Lunatic asylums Madras 1877-1891 - 1877-1891
Year: 1877
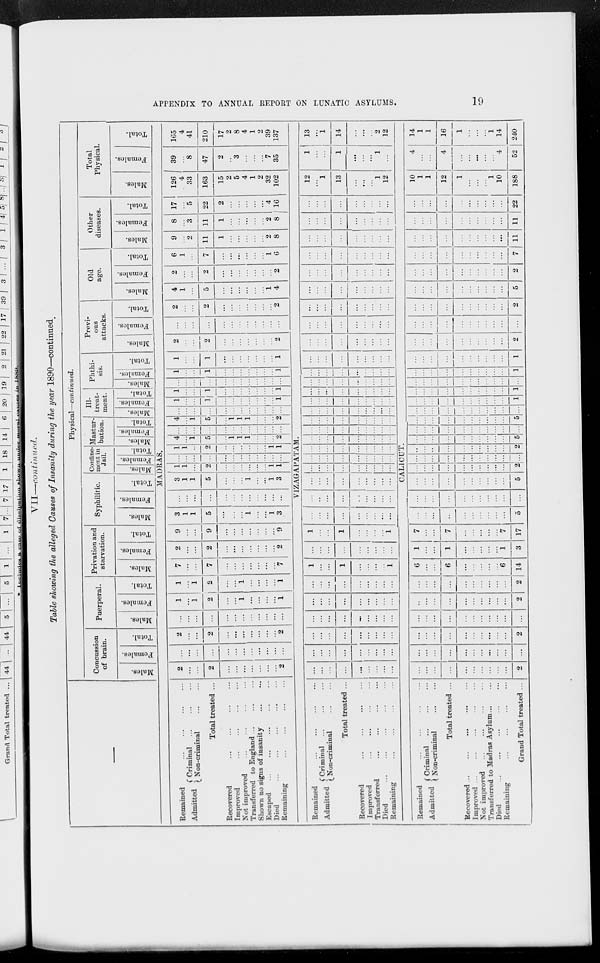
APPENDIX TO ANNUAL REPORT ON LUNATIC ASYLUMS.
19
VII—continued.
Table showing the alleged Causes of Insanity during the year 1890—continued
—
Remained ... ... ... ...
Admitted
Criminal ... ... ...
Non-criminal
...
...
Total treated ...
Recovered
...
...
...
...
Improved ... ... ... ...
Not improved
...
...
...
...
Transferred to England
...
...
Shown no signs of insanity ... ...
Escaped ... ... ... ... ...
Died
...
...
...
...
...
Remaining ... ... ... ...
Remained ... ... ... ...
Admitted Criminal ... ... ...
Non-criminal
...
...
Total treated ...
Recovered
...
...
...
...
Improved
...
...
...
...
Transferred ... ... ... ...
Died
...
...
...
...
Remaining
...
...
...
...
Remained ... ... ... ...
Admitted
Criminal ... ... ...
Non-criminal
...
...
Total treated ...
Recovered
...
...
...
...
Improved ... ... ... ... ...
Not improved ... ... ... ...
Transferred to Madras Asylum ... ...
Died ... ... ... ... ...
Remaining ... ... ... ...
Grand Total treated ...
Physical—continued.
Concussion
of brain.
Males.
Females.
Total.
Puerperal.
Males.
Females.
Total.
Privation and
starvation.
Males.
Females.
Total.
Syphilitic.
Males.
Females.
Total.
Confine-
ment in
Jail.
Males.
Females.
Total.
Mastur-
bation.
Males.
Females.
Total.
III-
treat-
ment.
Males.
Females.
Total.
Phthi-
sis.
Males.
Females.
Total.
Previ-
ous
attacks.
Males.
Females.
Total.
Old
age.
Males.
Females.
Total.
Other
diseases.
Males.
Females.
Total.
Total
Physical.
Males.
Females.
Total.
MADRAS.
2
...
...
2
...
...
...
...
...
...
...
2
...
...
...
...
...
...
...
...
...
...
...
...
2
...
...
2
...
...
...
...
...
...
...
2
...
...
...
...
...
...
...
...
...
...
...
...
1
...
1
2
...
...
1
...
...
...
...
1
1
...
1
2
...
...
1
...
...
...
...
1
7
...
...
7
...
...
...
...
...
...
...
7
2
...
...
2
...
...
...
...
...
...
...
2
9
...
...
9
...
...
...
...
...
...
...
9
3
1
1
5
...
...
...
1
...
...
1
3
...
...
...
...
...
...
...
...
...
...
...
...
3
1
1
5
...
...
...
1
...
...
1
3
1
1
...
2
...
...
...
...
...
...
1
1
...
...
...
...
...
...
...
...
...
...
...
...
1
1
...
2
...
...
...
...
...
...
1
1
4
...
1
5
...
1
1
1
...
...
...
2
...
...
...
...
...
...
...
...
...
...
...
...
4
...
1
5
...
1
1
1
...
...
...
2
...
...
...
...
...
...
...
...
...
...
...
...
1
...
...
1
...
...
...
...
...
...
...
1
1
...
...
1
...
...
...
...
...
...
...
1
...
...
...
...
...
...
...
...
...
...
...
...
1
...
...
1
...
...
...
...
...
...
...
1
1
...
...
1
...
...
...
...
...
...
...
1
2
...
...
2
...
...
...
...
...
...
...
2
...
...
...
...
...
...
...
...
...
...
...
...
2
...
...
2
...
...
...
...
...
...
...
2
4
1
...
5
...
...
...
...
...
...
1
4
2
...
...
2
...
...
...
...
...
...
...
2
6
1
...
7
...
...
...
...
...
...
1
6
9
...
2
11
1
...
...
...
...
...
2
8
8
...
3
11
1
...
...
...
...
...
2
8
17
...
5
22
2
...
...
...
...
...
4
16
126
4
33
163
15
2
5
4
1
2
32
102
39
...
8
47
2
..
3
...
...
...
7
35
165
4
41
210
17
2
8
4
1
2
39
137
VIZAGAPATAM.
...
...
...
...
...
...
...
...
...
...
...
...
...
...
...
...
...
...
...
...
...
...
...
...
...
...
...
...
...
...
...
...
...
...
...
...
...
...
...
...
...
...
...
...
...
...
...
...
...
...
...
...
...
...
1
...
...
1
...
...
...
...
1
...
...
...
...
...
...
...
...
...
1
...
...
1
...
...
...
...
1
...
...
...
...
...
...
...
...
...
...
..
...
...
...
...
...
...
...
...
...
...
...
...
...
...
...
...
...
...
...
...
...
...
...
...
...
...
...
...
...
...
...
...
...
...
...
...
...
...
...
...
...
...
...
...
...
...
...
...
...
...
...
...
...
...
...
...
...
...
...
...
...
...
...
...
...
...
...
...
...
...
...
...
...
...
...
...
...
...
...
...
...
...
...
...
...
...
...
...
...
...
...
...
...
...
...
...
...
...
...
...
...
...
...
...
...
...
...
...
...
...
...
...
...
...
...
...
...
...
...
...
...
...
...
...
...
...
...
...
...
...
...
...
...
...
...
...
...
...
...
...
...
...
...
...
...
...
...
...
...
...
...
...
...
...
...
...
...
...
...
...
...
...
...
...
...
...
...
...
...
...
...
...
...
...
...
...
...
...
...
...
...
...
...
...
...
...
...
...
...
...
...
...
...
...
...
...
...
...
...
...
...
...
...
...
...
12
...
1
13
...
...
...
1
12
1
...
...
1
...
...
...
1
...
13
...
1
14
...
...
...
2
12
CALICUT.
...
...
...
...
...
...
...
...
...
...
2
...
...
...
...
...
...
...
...
...
...
...
...
...
...
...
...
...
...
...
...
...
2
...
...
...
...
...
...
...
...
...
...
...
...
...
...
...
...
...
...
...
...
...
2
...
...
...
...
...
...
...
...
...
...
2
6
...
...
6
...
...
...
...
...
6
14
1
...
...
1
...
...
...
...
...
1
3
7
...
...
7
...
...
...
...
...
7
17
...
...
...
...
...
...
...
...
...
...
5
...
...
...
...
...
...
...
...
...
...
...
...
...
...
...
...
...
...
...
...
...
5
...
...
...
...
...
...
...
...
...
...
2
...
...
...
...
...
...
...
...
...
...
...
...
...
...
...
...
...
...
...
...
...
2
...
...
...
...
...
...
...
...
...
...
5
...
...
...
...
...
...
...
...
...
...
...
...
...
...
...
...
...
...
...
...
...
5
...
...
...
...
...
...
...
...
...
...
...
...
...
...
...
...
...
...
...
...
...
1
...
...
...
...
...
...
...
...
...
...
1
...
...
...
...
...
...
...
...
...
...
...
...
...
...
...
...
...
...
...
...
...
1
...
...
...
...
...
...
...
...
...
...
1
...
...
...
...
...
...
...
...
...
...
2
...
...
...
...
...
...
...
...
...
...
...
...
...
...
...
...
...
...
...
...
...
2
...
...
...
...
...
...
...
...
...
...
5
...
...
...
...
...
...
...
...
...
...
2
...
...
...
...
...
...
...
...
...
...
7
...
...
...
...
...
...
...
...
...
...
11
...
...
...
...
...
...
...
...
...
...
11
...
...
...
...
...
...
...
...
...
...
22
10
1
1
12
1
...
...
...
1
10
188
4
...
...
4
...
...
...
...
...
4
52
14
1
1
16
1
...
...
...
1
14
240